画像に写った文字を読んでください
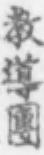
「教導團」と書いてあります